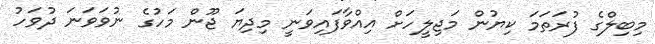
މިބިލްގެ ފުރަތަމަ ކިޔުން މަޖިލީހަށް އިއްވާފައިވަނީ މިދިޔަ ޖޫން މަހުގެ ނުވަވަނަ ދުވަހު